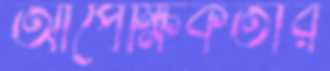
আপেক্ষিকতার